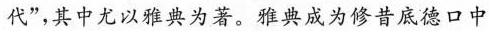
代”，其中尤以雅典为著。雅典成为修昔底德口中